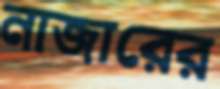
নাজারের